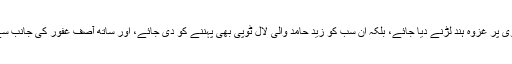
ان احمقوں کو آئی ایس پی آر کے حقیقت ٹی وی پر غزوہ ہند لڑنے دیا جائے، بلکہ ان سب کو زید حامد والی لال ٹوپی بھی پہننے کو دی جائے، اور ساتھ آصف غفور کی جانب سے ایک ایک ٹوئیٹر ہینڈل بھی عطا کیا جائے۔